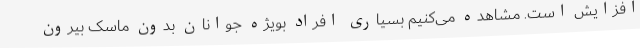
افزایش است. مشاهده می‌کنیم بسیاری افراد بویژه جوانان بدون ماسک بیرون